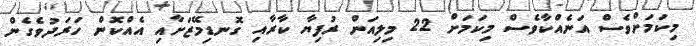
މިކަމަށްވެސް އަނެއްކާވެސް މިކަމަށް 22 މިލިއަން ރުފިޔާ ކާރާއި ގޮނޑިމޭޒަށާއި އެއްކޮން ހަރަދުވެގެން